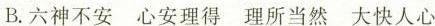
B.六神不安 心安理得 理所当然 大快人心